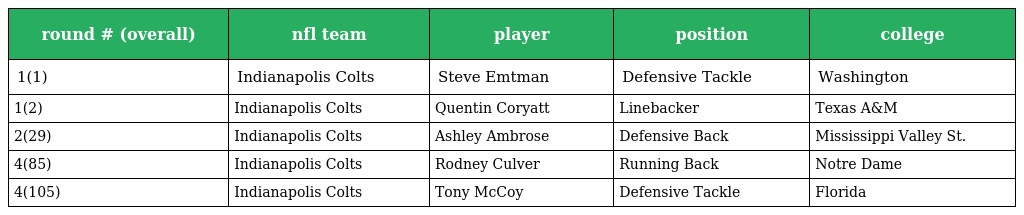
| round # (overall) | nfl team | player | position | college |
 | --- | --- | --- | --- | --- |
 | 1(1) | Indianapolis Colts | Steve Emtman | Defensive Tackle | Washington |
 | 1(2) | Indianapolis Colts | Quentin Coryatt | Linebacker | Texas A&M |
 | 2(29) | Indianapolis Colts | Ashley Ambrose | Defensive Back | Mississippi Valley St. |
 | 4(85) | Indianapolis Colts | Rodney Culver | Running Back | Notre Dame |
 | 4(105) | Indianapolis Colts | Tony McCoy | Defensive Tackle | Florida |